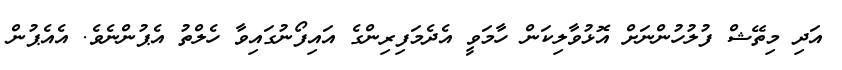
އަދި މިތޭޝް ފުލުހުންނަށް އޮޅުވާލިކަން ހާމަވީ އެދެމަފިރިންގެ އައިފޯނުގައިވާ ހެލްތު އެޕުންނެވެ. އެއެޕުން